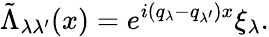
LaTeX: \tilde{\Lambda}_{\lambda\lambda^{\prime}}(x)=e^{i(q_{\lambda}-q_{\lambda^{\prime}})x}\xi_{\lambda}.